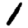
Digit: 1